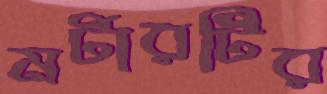
মর্টারটির